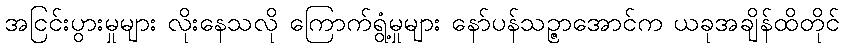
အငြင်းပွားမှုများ လိုးနေသလို ကြောက်ရွံ့မှုများ နော်ပန်သဉ္ဇာအောင်က ယခုအချိန်ထိတိုင်